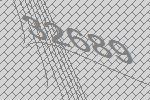
32689